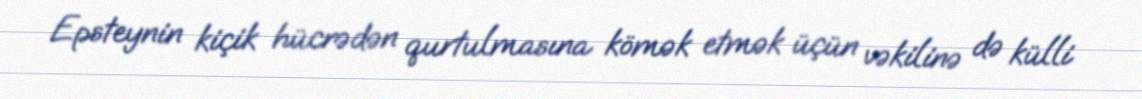
Epsteynin kiçik hücrədən qurtulmasına kömək etmək üçün vəkilinə də külli